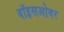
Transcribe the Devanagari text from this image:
वॉइसओवर